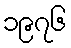
၁၉၇၆